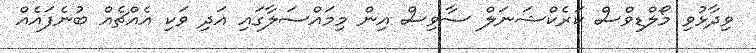
ވިދާޅުވި މޯލްޑިވްސް ކަރެކްޝަނަލް ސާވިސް އިން މިމައްސަލާގައި އަދި ވަކި އެއްޗެއް ބުނެފައެއް